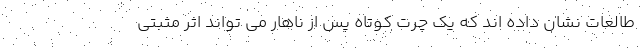
طالعات نشان داده اند که یک چرت کوتاه پس از ناهار می تواند اثر مثبتی